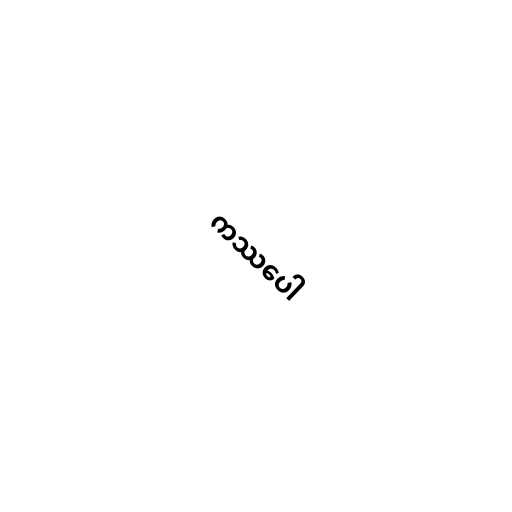
ကဿပေါ